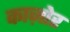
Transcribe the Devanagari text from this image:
काज़ोर